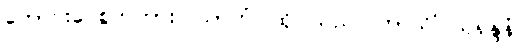
ကောင်းပေစွတကား။ သာဟံ၊ ထိုငါသည်။ ကာသိံ သုရုန္ဒနံ၊